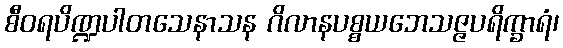
စီဝရပိဏ္ဍပါတသေနာသန ဂိလာနပစ္စယဘေသဇ္ဇပရိက္ခာရံ၊